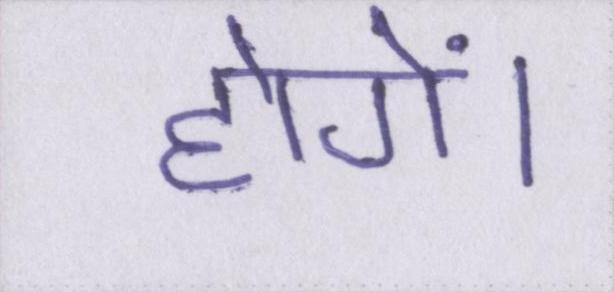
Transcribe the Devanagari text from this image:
होगें।